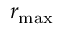
r _ { \mathrm { m a x } }